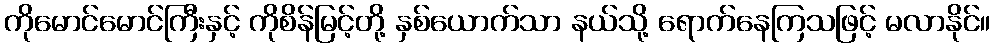
ကိုမောင်မောင်ကြီးနှင့် ကိုစိန်မြင့်တို့ နှစ်ယောက်သာ နယ်သို့ ရောက်နေကြသဖြင့် မလာနိုင်။